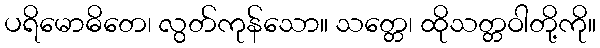
ပရိမောဓိတေ၊ လွတ်ကုန်သော။ သတ္တေ၊ ထိုသတ္တဝါတို့ကို။